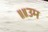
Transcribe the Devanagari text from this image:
॥॥उम